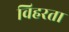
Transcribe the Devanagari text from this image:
विहरता